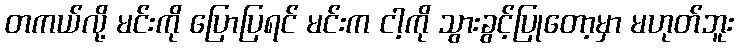
တကယ်လို့ မင်းကို ပြောပြရင် မင်းက ငါ့ကို သွားခွင့်ပြုတော့မှာ မဟုတ်ဘူး